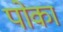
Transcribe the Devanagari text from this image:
पोका